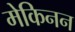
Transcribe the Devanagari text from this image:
मेकिनन